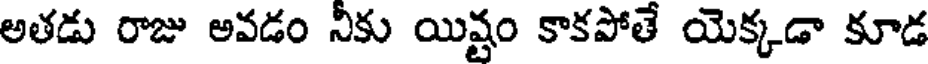
అతడు రాజు అవడం నీకు యిష్టం కాకపోతే యెక్కడా కూడ